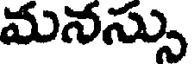
మనస్సు